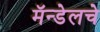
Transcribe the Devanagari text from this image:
मॅन्डेलचे